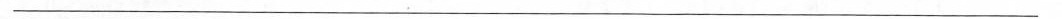
___